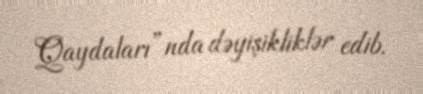
Qaydaları”nda dəyişikliklər edib.